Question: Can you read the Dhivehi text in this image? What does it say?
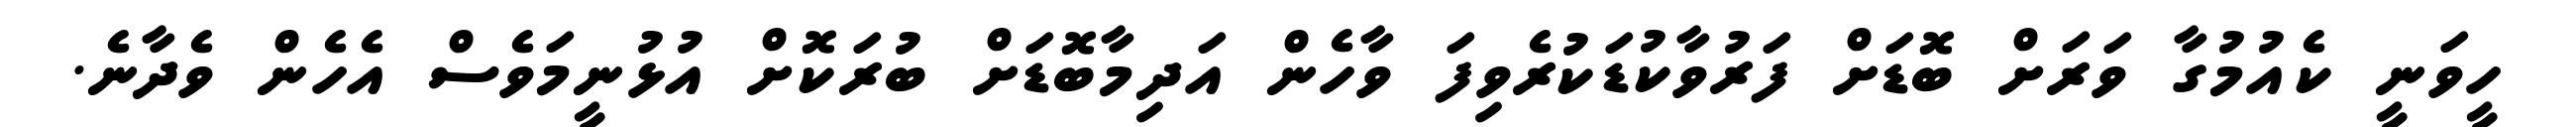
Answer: ހީވަނީ ކެއުމުގާ ވަރަށް ބޮޑަށް ފަރުވާކުޑަކުރެވިފަ ވާހެން އަދިމާބޮޑަށް ބުރަކޮށް އުޅުނީމަވެސް އެހެން ވެދާނެ.